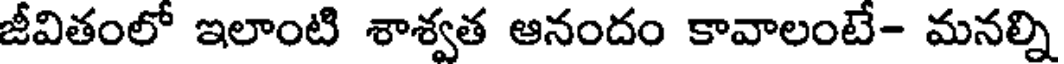
జీవితంలో ఇలాంటి శాశ్వత ఆనందం కావాలంటే- మనల్ని